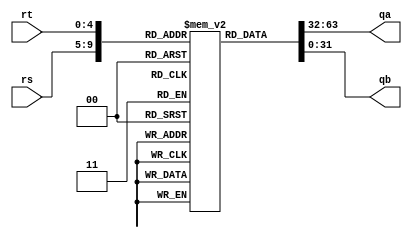
`timescale 1ns / 1ps
module Register_File(
        input[4:0] rs,
        input[4:0] rt,
        output reg[31:0] qa,
        output reg[31:0] qb
    );
     reg [31:0] registers [0:31];
     integer i;
	 initial begin
	   for(i=0;i<32;i=i+1)begin
				registers[i]=0;
			end
	 end
     always@(*) begin
        qa = registers[rs];
        qb = registers[rt];
     end
endmodule